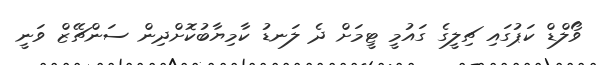
ވޯލްޑް ކަޕުގައި ޗިލީގެ ގައުމީ ޓީމަށް ދެ ލަނޑު ކާމިޔާބުކޮށްދިން ސަންޗޭޒް ވަނީ